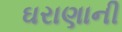
ઘરાણાની